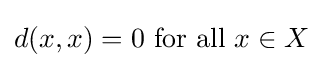
d(x,x)=0{\text{ for all }}x\in X